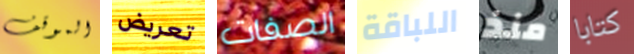
الموقف تعريض الصفات اللباقة منذ كتابا